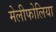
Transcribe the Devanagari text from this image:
मेलीफोलिया